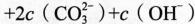
+ 2 c ( C O _ { 3 } ^ { 2 - } ) + c ( O H ^ { - } )$$